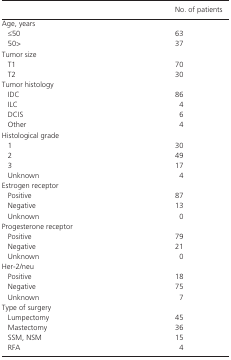
<table><thead><tr><td></td><td><b>No. of patients</b></td></tr></thead><tbody><tr><td colspan="2">Age, years</td></tr><tr><td>≤50</td><td>63</td></tr><tr><td>50&gt;</td><td>37</td></tr><tr><td colspan="2">Tumor size</td></tr><tr><td>T1</td><td>70</td></tr><tr><td>T2</td><td>30</td></tr><tr><td colspan="2">Tumor histology</td></tr><tr><td>IDC</td><td>86</td></tr><tr><td>ILC</td><td>4</td></tr><tr><td>DCIS</td><td>6</td></tr><tr><td>Other</td><td>4</td></tr><tr><td colspan="2">Histological grade</td></tr><tr><td>1</td><td>30</td></tr><tr><td>2</td><td>49</td></tr><tr><td>3</td><td>17</td></tr><tr><td>Unknown</td><td>4</td></tr><tr><td colspan="2">Estrogen receptor</td></tr><tr><td>Positive</td><td>87</td></tr><tr><td>Negative</td><td>13</td></tr><tr><td>Unknown</td><td>0</td></tr><tr><td colspan="2">Progesterone receptor</td></tr><tr><td>Positive</td><td>79</td></tr><tr><td>Negative</td><td>21</td></tr><tr><td>Unknown</td><td>0</td></tr><tr><td colspan="2">Her‐2/neu</td></tr><tr><td>Positive</td><td>18</td></tr><tr><td>Negative</td><td>75</td></tr><tr><td>Unknown</td><td>7</td></tr><tr><td colspan="2">Type of surgery</td></tr><tr><td>Lumpectomy</td><td>45</td></tr><tr><td>Mastectomy</td><td>36</td></tr><tr><td>SSM, NSM</td><td>15</td></tr><tr><td>RFA</td><td>4</td></tr></tbody></table>